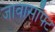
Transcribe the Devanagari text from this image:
जावासॉफ्ट